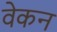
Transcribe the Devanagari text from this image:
वेकन